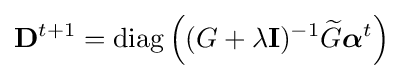
\mathbf {D} ^{t+1}=\operatorname {diag} \left((G+\lambda \mathbf {I} )^{-1}{\widetilde {G}}{\boldsymbol {\alpha }}^{t}\right)